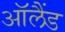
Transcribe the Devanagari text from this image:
ऑलैंड